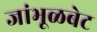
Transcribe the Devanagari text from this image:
जांभूळबेट